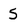
Character: 5